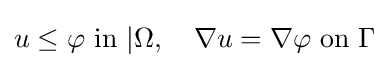
u\leq \varphi {\text{ in }}|\Omega ,\quad \nabla u=\nabla \varphi {\text{ on }}\Gamma